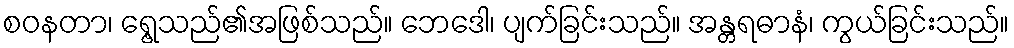
စဝနတာ၊ ရွေ့သည်၏အဖြစ်သည်။ ဘေဒေါ၊ ပျက်ခြင်းသည်။ အန္တရဓာနံ၊ ကွယ်ခြင်းသည်။